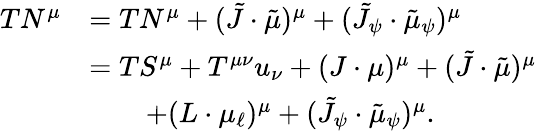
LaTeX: \begin{array}{rl}{TN^{\mu}}&{=TN^{\mu}+(\tilde{J}\cdot\tilde{\mu})^{\mu}+(\tilde{J}_{\psi}\cdot\tilde{\mu}_{\psi})^{\mu}}\\ &{=TS^{\mu}+T^{\mu\nu}u_{\nu}+(J\cdot\mu)^{\mu}+(\tilde{J}\cdot\tilde{\mu})^{\mu}}\\ &{\qquad+(L\cdot\mu_{\ell})^{\mu}+(\tilde{J}_{\psi}\cdot\tilde{\mu}_{\psi})^{\mu}.}\end{array}